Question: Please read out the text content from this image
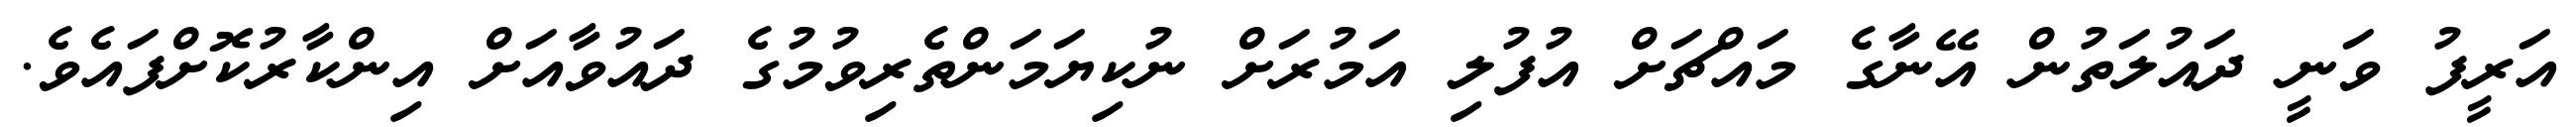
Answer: އަރީފު ވަނީ ދައުލަތުން އޭނާގެ މައްޗަށް އުފުލި އަމުރަށް ނުކިޔަމަންތެރިވުމުގެ ދައުވާއަށް އިންކާރުކޮށްފައެވެ.